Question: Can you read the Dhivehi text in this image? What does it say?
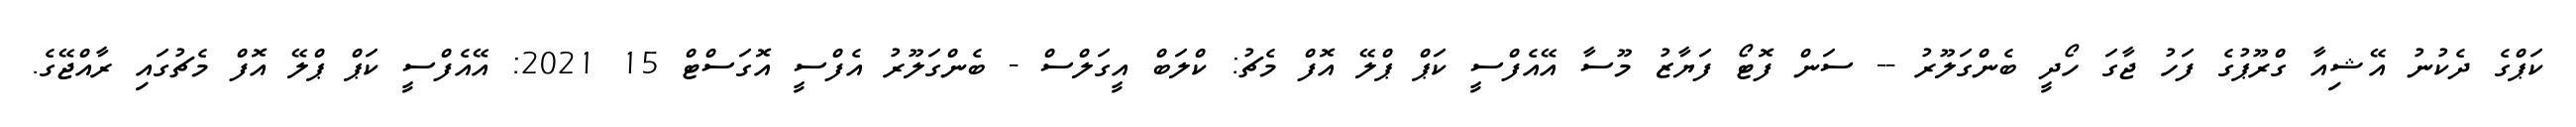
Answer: ކަޕްގެ ދެކުނު އޭޝިއާ ގްރޫޕުގެ ފަހު ޖާގަ ހޯދީ ބެންގަލޫރު -- ސަން ފޮޓޯ ފަޔާޒު މޫސާ އޭއެފްސީ ކަޕް ޕްލޭ އޮފް މެޗު: ކްލަބް އީގަލްސް - ބެންގަލޫރު އެފްސީ އޮގަސްޓް 15 2021: އޭއެފްސީ ކަޕް ޕްލޭ އޮފް މެޗުގައި ރާއްޖޭގެ.